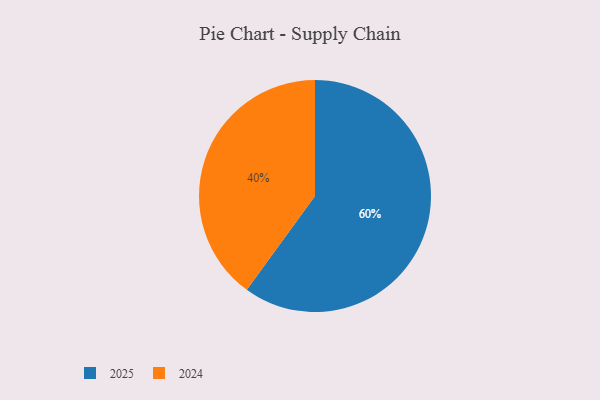
{"axis": {"x": "Category", "y": "Percentage"}, "legend": ["2024", "2025"], "data": [{"x": "2025", "y": 60, "type": "2025"}, {"x": "2024", "y": 40, "type": "2024"}]}